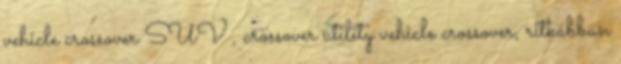
vehicle crossover SUV , crossover utility vehicle crossover, ritkábban